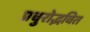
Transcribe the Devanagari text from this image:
प्रचुरोद्भवित